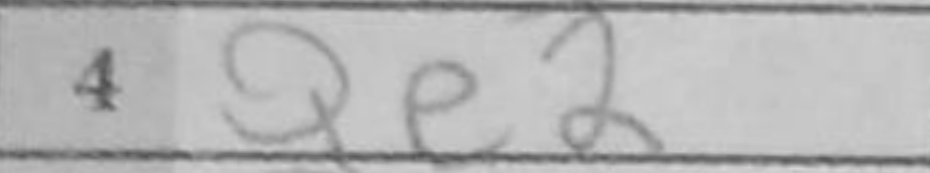
Transcription: Qe2